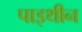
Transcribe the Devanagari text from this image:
पाइथीन